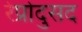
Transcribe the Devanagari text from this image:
रेप्रोदुसद